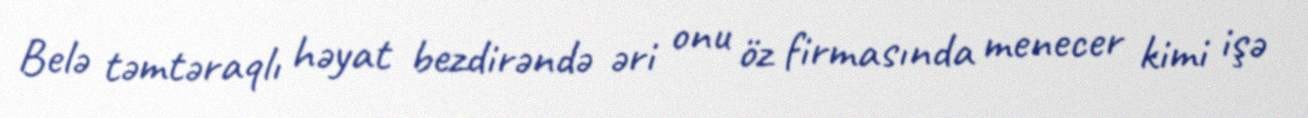
Belə təmtəraqlı həyat bezdirəndə əri onu öz firmasında menecer kimi işə